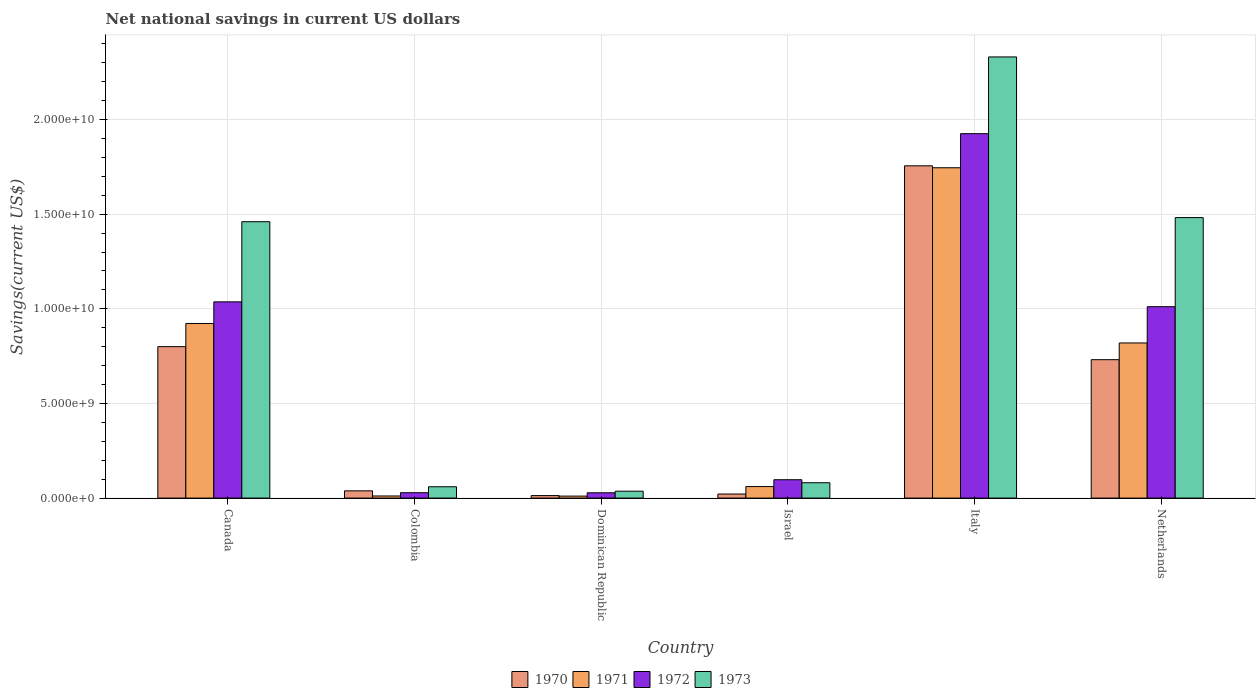
| Country | 1970 | 1971 | 1972 | 1973 |
 | --- | --- | --- | --- | --- |
 | Canada | 8e+09 | 9.23e+09 | 1.04e+10 | 1.46e+10 |
 | Colombia | 3.83e+08 | 1.11e+08 | 2.84e+08 | 5.98e+08 |
 | Dominican Republic | 1.33e+08 | 1.05e+08 | 2.8e+08 | 3.65e+08 |
 | Israel | 2.15e+08 | 6.09e+08 | 9.71e+08 | 8.11e+08 |
 | Italy | 1.76e+10 | 1.75e+10 | 1.93e+10 | 2.33e+10 |
 | Netherlands | 7.31e+09 | 8.2e+09 | 1.01e+10 | 1.48e+10 |